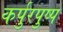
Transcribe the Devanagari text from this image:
कर्पुरपुष्प